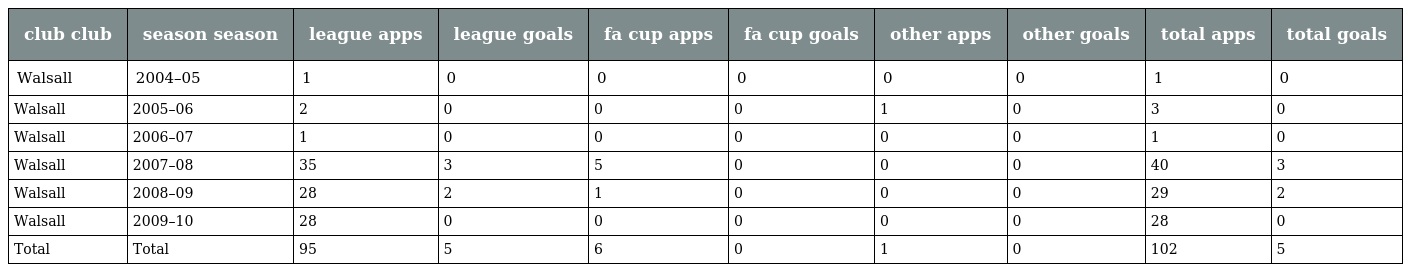
| club club | season season | league apps | league goals | fa cup apps | fa cup goals | other apps | other goals | total apps | total goals |
 | --- | --- | --- | --- | --- | --- | --- | --- | --- | --- |
 | Walsall | 2004–05 | 1 | 0 | 0 | 0 | 0 | 0 | 1 | 0 |
 | Walsall | 2005–06 | 2 | 0 | 0 | 0 | 1 | 0 | 3 | 0 |
 | Walsall | 2006–07 | 1 | 0 | 0 | 0 | 0 | 0 | 1 | 0 |
 | Walsall | 2007–08 | 35 | 3 | 5 | 0 | 0 | 0 | 40 | 3 |
 | Walsall | 2008–09 | 28 | 2 | 1 | 0 | 0 | 0 | 29 | 2 |
 | Walsall | 2009–10 | 28 | 0 | 0 | 0 | 0 | 0 | 28 | 0 |
 | Total | Total | 95 | 5 | 6 | 0 | 1 | 0 | 102 | 5 |